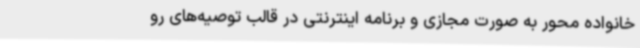
خانواده محور به صورت مجازی و برنامه اینترنتی در قالب توصیه‌های رو